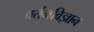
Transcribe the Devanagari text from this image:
वर्तनविज्ञान